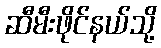
ဆီမီးဖိုင်နယ်သို့